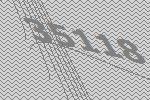
35118